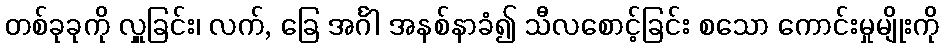
တစ်ခုခုကို လှူခြင်း၊ လက်, ခြေ အင်္ဂါ အနစ်နာခံ၍ သီလစောင့်ခြင်း စသော ကောင်းမှုမျိုးကို